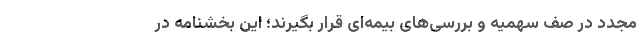
مجدد در صف سهمیه و بررسی‌های بیمه‌ای قرار بگیرند؛ این بخشنامه در